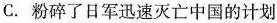
C.粉碎了日军迅速灭亡中国的计划